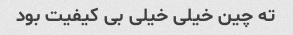
ته چین خیلی خیلی بی کیفیت بود